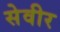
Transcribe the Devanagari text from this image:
सेवीर